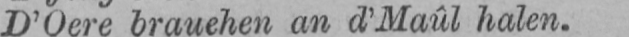
D’Oere brauchen an d’Maûl halen.